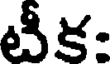
టీక-